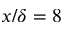
x / \delta = 8